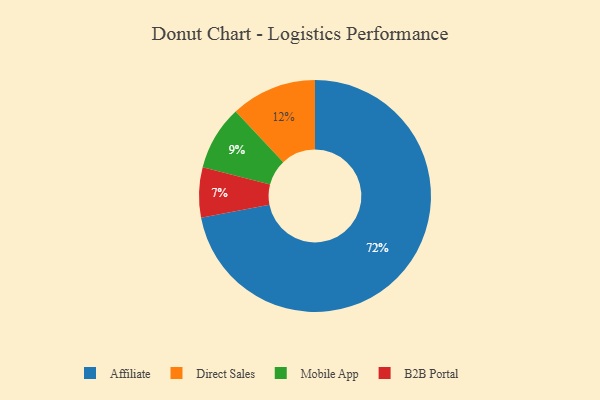
{"axis": {"x": "Category", "y": "Percentage"}, "legend": ["Affiliate", "B2B Portal", "Direct Sales", "Mobile App"], "data": [{"x": "Mobile App", "y": 9, "type": "Mobile App"}, {"x": "Affiliate", "y": 72, "type": "Affiliate"}, {"x": "Direct Sales", "y": 12, "type": "Direct Sales"}, {"x": "B2B Portal", "y": 7, "type": "B2B Portal"}]}